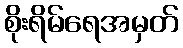
စိုးရိမ်ရေအမှတ်